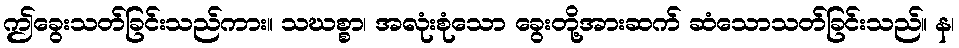
ဤခွေးသတ်ခြင်းသည်ကား။ သဃစ္စာ၊ အလုံးစုံသော ခွေးတို့အားဆက် ဆံသောသတ်ခြင်းသည်။ န၊